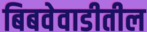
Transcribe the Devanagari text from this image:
बिबवेवाडीतील